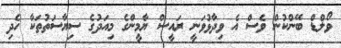
ވޯލްޑް ބޭންކުން ވެސް އެ ވިދާޅުވަނީ ރައީސް ޔާމީންގެ މިއަދުގެ ސިޔާސަތުތަކާ ހެދި